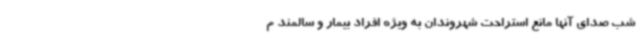
شب صدای آنها مانع استراحت شهروندان به ویژه افراد بیمار و سالمند م